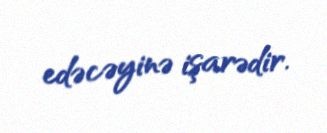
edəcəyinə işarədir.